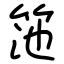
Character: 筂